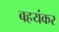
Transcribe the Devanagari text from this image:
बहयंकर